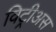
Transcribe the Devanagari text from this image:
विट्रीअस